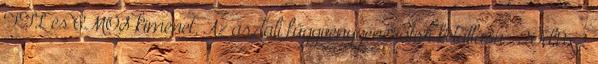
TTL és CMOS kimenet. Az asztali függvénygenerátor kétállású -20dBx2